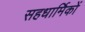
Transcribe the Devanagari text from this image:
सहधार्मिकों